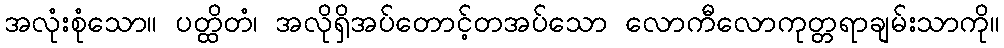
အလုံးစုံသော။ ပတ္ထိတံ၊ အလိုရှိအပ်တောင့်တအပ်သော လောကီလောကုတ္တရာချမ်းသာကို။